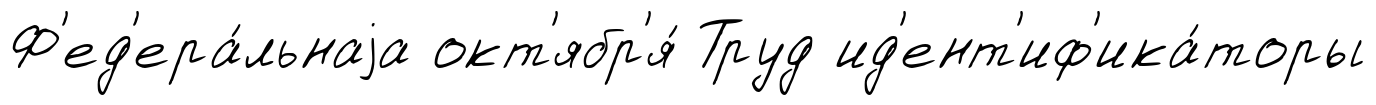
Ф'ед'ера́льнаjа окт'ябр'я́ Труд ид'ент'иф'ика́торы